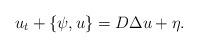
LaTeX: \begin{align*}u_t + \{ \psi, u \} =D\Delta u + \eta.\end{align*}